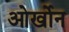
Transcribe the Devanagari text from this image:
ओर्खोन